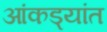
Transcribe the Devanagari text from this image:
आंकड्यांत